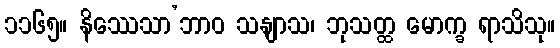
၁၁၆၅။ နိဿေသာ’ဘာဝ သနျာသ၊ ဘုသတ္ထ မောက္ခ ရာသိသု။